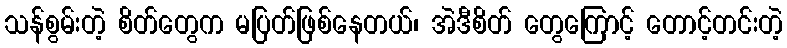
သန်စွမ်းတဲ့ စိတ်တွေက မပြတ်ဖြစ်နေတယ်၊ အဲဒီစိတ် တွေကြောင့် တောင့်တင်းတဲ့